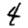
Digit: 4